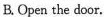
B.Open the door.